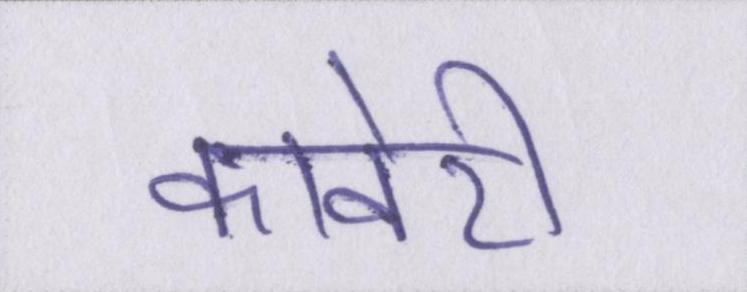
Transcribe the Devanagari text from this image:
कावेरी